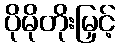
ပိုမိုတိုးမြှင့်